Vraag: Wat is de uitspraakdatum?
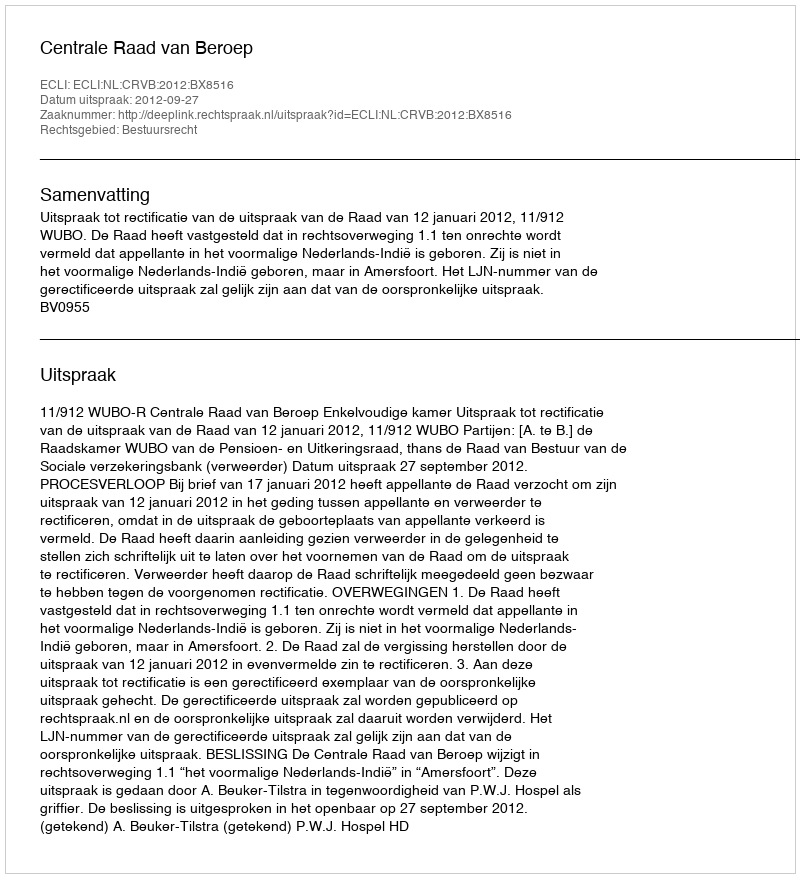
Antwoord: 2012-09-27